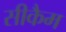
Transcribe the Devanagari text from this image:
सीकैम